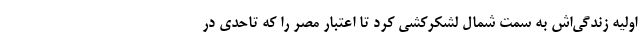
اولیه زندگی‌اش به سمت شمال لشکرکشی کرد تا اعتبار مصر را که تاحدی در